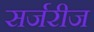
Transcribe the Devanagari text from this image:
सर्जरीज